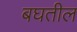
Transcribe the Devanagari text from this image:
बघतील